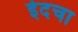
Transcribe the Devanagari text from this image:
ईदचा